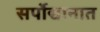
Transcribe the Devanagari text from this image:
सर्पोद्यानात